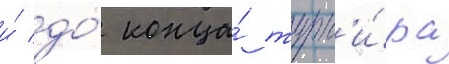
и́ до́ конца́ турн'и́ра